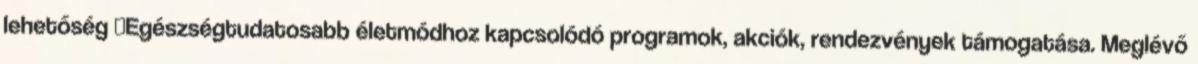
lehetőség ▪Egészségtudatosabb életmódhoz kapcsolódó programok, akciók, rendezvények támogatása. Meglévő